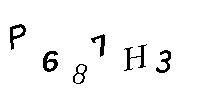
P687H3